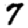
Digit: 7